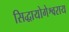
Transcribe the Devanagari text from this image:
सिद्धायोगेश्वराय